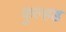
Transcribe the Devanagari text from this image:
कुल्हड